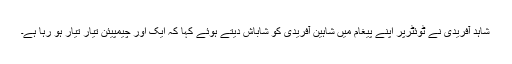
شاہد آفریدی نے ٹوئٹرپر اپنے پیغام میں شاہین آفریدی کو شاباش دیتے ہوئے کہا کہ ایک اور چیمپیئن تیار تیار ہو رہا ہے۔